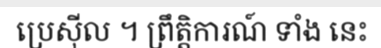
ប្រេស៊ីល ។ ព្រឹត្តិការណ៍ ទាំង នេះ